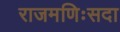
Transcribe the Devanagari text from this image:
राजमणिःसदा